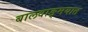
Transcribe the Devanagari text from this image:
बालवाङ्‌मयात